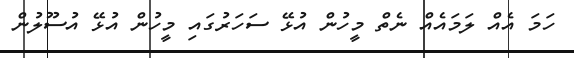
ހަމަ އެއް ލަމައެއް ނެތް މީހުން އުޅޭ ސަހަރުގައި މީހުން އުޅޭ އުސޫލުން